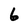
Character: 6